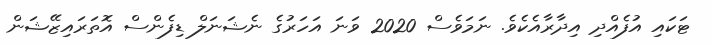
ޓަކައި އުފެއްދި އިދާރާއެކެވެ. ނަމަވެސް 2020 ވަނަ އަަހަރުގެ ނެޝަނަލް ޑިފެންސް އޮތަރައިޒޭޝަން